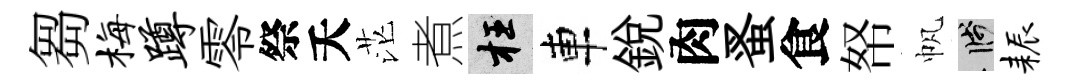
芻梅蹲零祭夭茫煮枉車銳肉蚤食帑帆箋耨